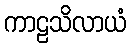
ကာဠသိလာယံ